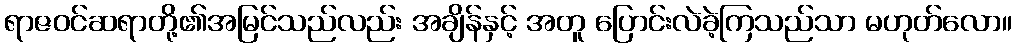
ရာဇဝင်ဆရာတို့၏အမြင်သည်လည်း အချိန်နှင့် အတူ ပြောင်းလဲခဲ့ကြသည်သာ မဟုတ်လော။